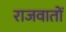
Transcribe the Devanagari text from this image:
राजवातों